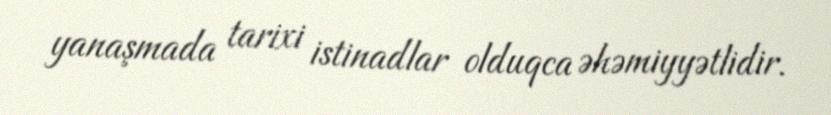
yanaşmada tarixi istinadlar olduqca əhəmiyyətlidir.